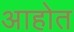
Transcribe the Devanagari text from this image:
अाहोत